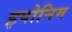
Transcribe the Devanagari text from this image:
इपोनिम